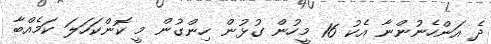
ދެ އަންހެނުންނާ އެކު 16 މީހުން ގުޅުން ހިންގުން މީ ކޮންކަހަލަ ކަމެއްބާ